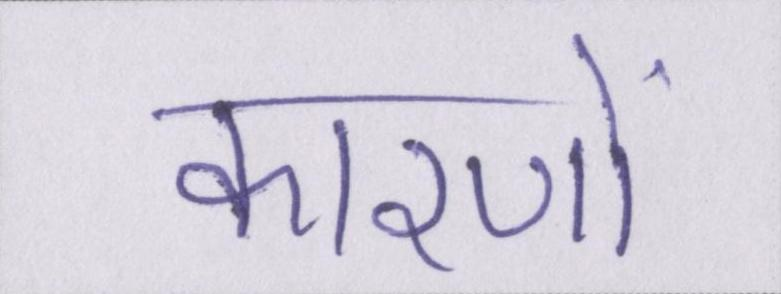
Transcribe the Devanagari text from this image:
कारणों